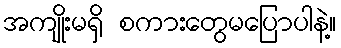
အကျိုးမရှိ စကားတွေမပြောပါနဲ့။